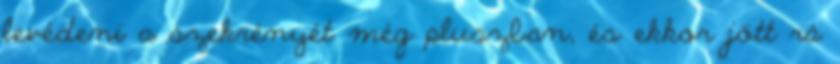
levédeni a szekrényét még pluszban, és ekkor jött rá